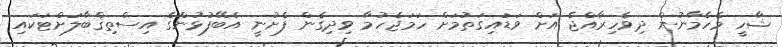
ޝާހީ މެހެމާނުން ދިވެހިރާއްޖެ އަށް ވަޑައިގަތުމަށް ހަމަޖެހުމާ ވިދިގެން ފެށުނީ އެބޭފުޅުންގެ އިސްތިޤްބާލަށްޓަކައި